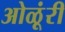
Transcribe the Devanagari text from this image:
ओळूंरी